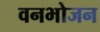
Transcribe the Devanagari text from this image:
वनभोजन